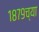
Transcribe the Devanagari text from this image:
१८७९च्या